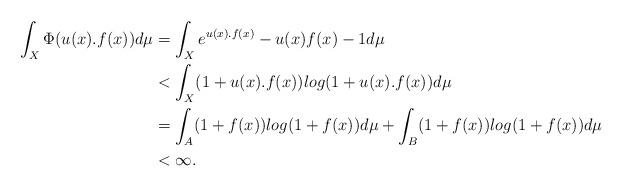
LaTeX: \begin{align*}\int_X\Phi(u(x).f(x))d\mu&=\int_Xe^{u(x).f(x)}-u(x)f(x)-1d\mu\\&<\int_X(1+u(x).f(x))log(1+u(x).f(x))d\mu\\&=\int_A(1+f(x))log(1+f(x))d\mu+\int_B(1+f(x))log(1+f(x))d\mu\\&<\infty.\end{align*}